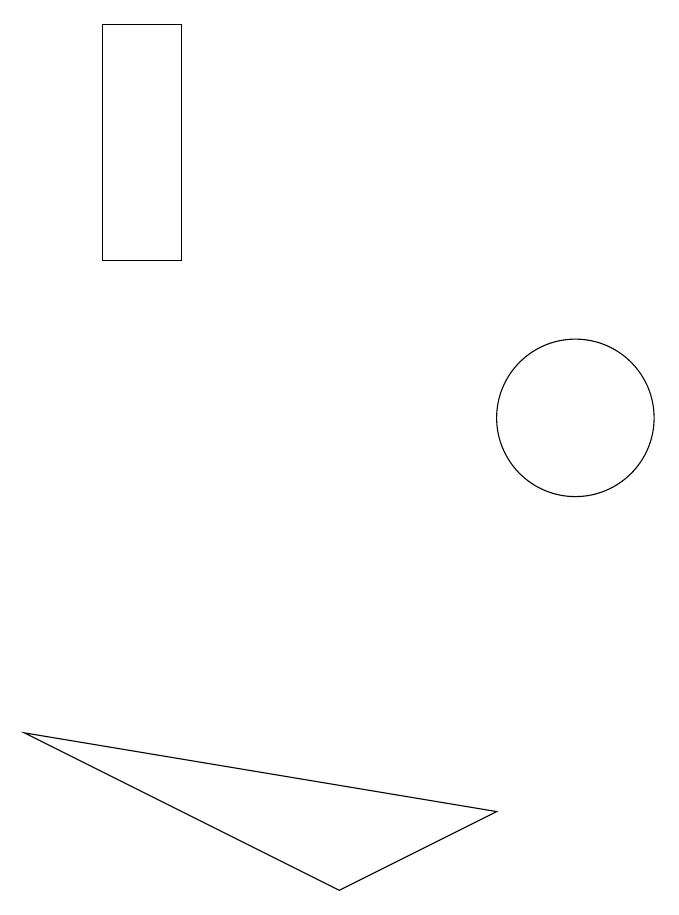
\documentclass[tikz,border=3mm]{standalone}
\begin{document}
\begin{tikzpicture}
\draw (9,6) -- (7,5) -- (3,7) -- cycle;
\draw (10,11) circle (1);
\draw (5,13) rectangle (4,16);
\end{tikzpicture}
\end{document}